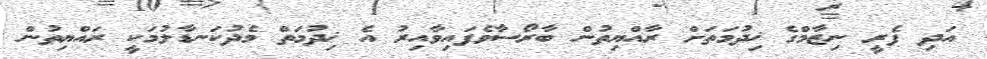
އަދި ފެރީ ނިޒާމްގެ ޚިދުމަތަށް ރާއްޔިތުން ބާރޯސާވެފައިވާއިރު އެ ޚިދުމަތް މެދުކަނޑާލުމަކީ ރައްޔިތުން